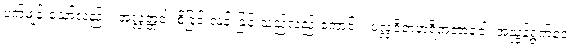
ပက်ဖျန်းသော်လည်း။ အလ္လတ္တံဝါ၊ စိုခြင်းလန်းခြင်းသည်လည်းကောင်း။ ပလ္လဝိတဟရိတဘာဝေါ၊ အညွန့်ရွက်ဝေ